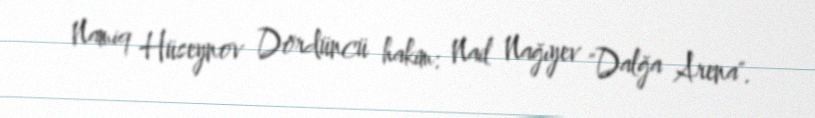
Namiq Hüseynov Dördüncü hakim: Nail Nağıyev "Dalğa Arena".